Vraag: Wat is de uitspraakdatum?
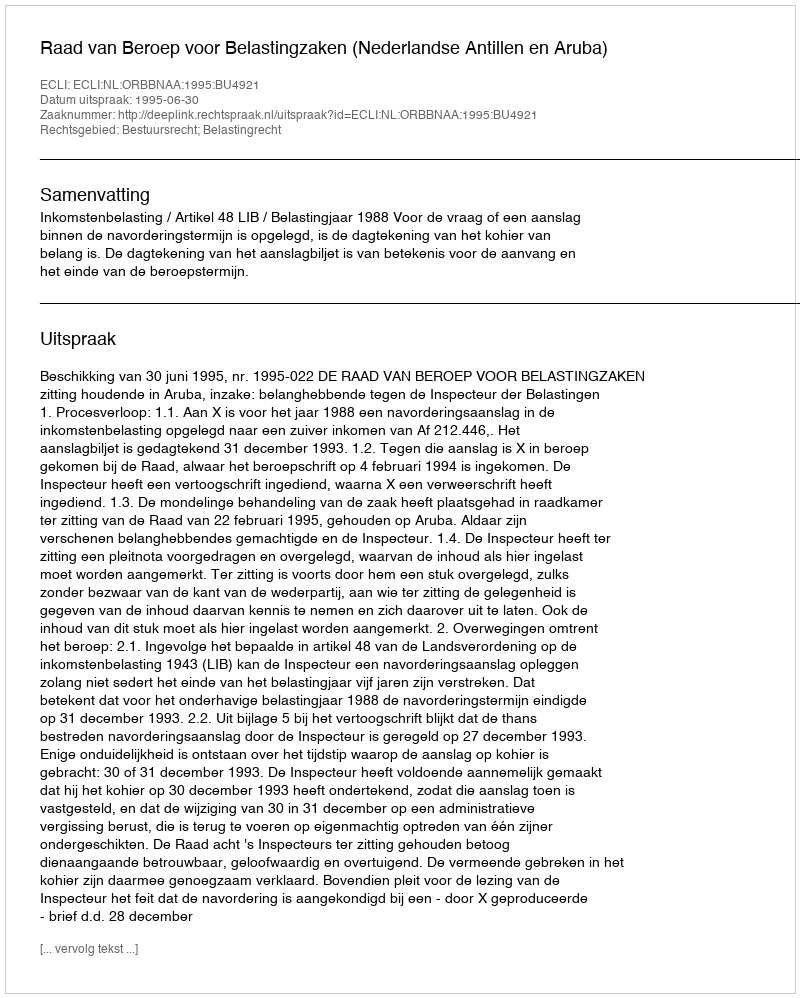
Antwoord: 1995-06-30